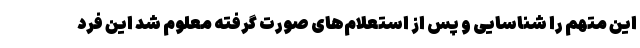
این متهم را شناسایی و پس از استعلام‌های صورت گرفته معلوم شد این فرد